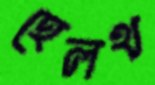
হেলথ